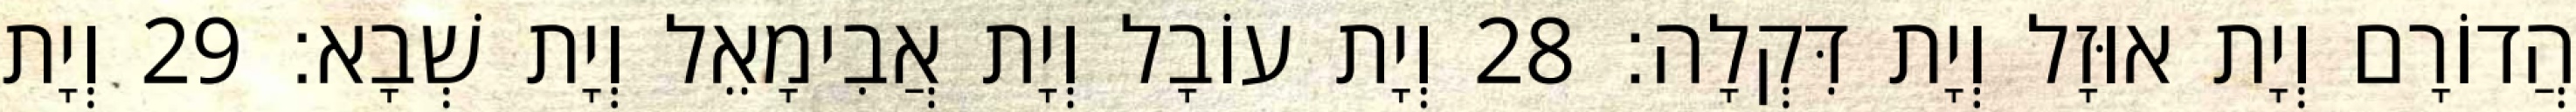
הֲדוֹרָם וְיָת אוּזָל וְיָת דִּקְלָה׃ 28 וְיָת עוֹבָל וְיָת אֲבִימָאֵל וְיָת שְׁבָא׃ 29 וְיָת